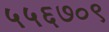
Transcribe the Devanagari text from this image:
५५६७०९